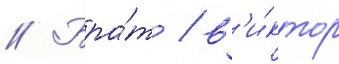
// Бра́т / в'и́ктор